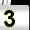
Digit: 3